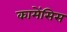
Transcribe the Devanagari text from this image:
कामेंसिस